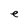
Character: e